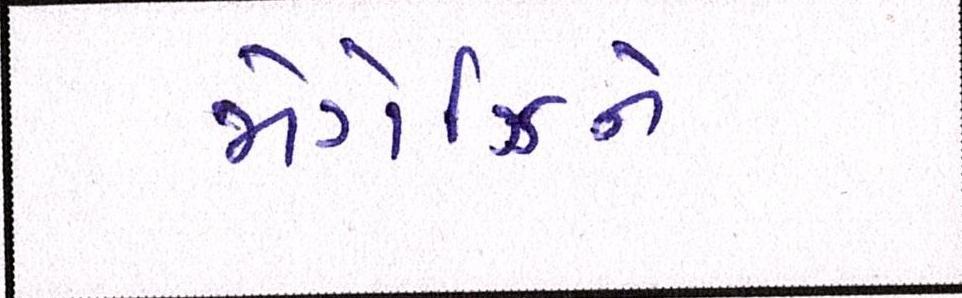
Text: મેગેઝિને